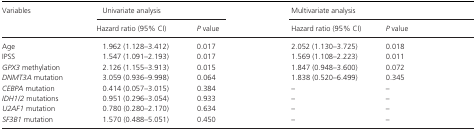
<table><thead><tr><td rowspan="2"><b>Variables</b></td><td colspan="2"><b>Univariate analysis</b></td><td colspan="2"><b>Multivariate analysis</b></td></tr><tr><td><b>Hazard ratio (95% CI)</b></td><td><b><i>P</i> value</b></td><td><b>Hazard ratio (95% CI)</b></td><td><b><i>P</i> value</b></td></tr></thead><tbody><tr><td>Age</td><td>1.962 (1.128–3.412)</td><td>0.017</td><td>2.052 (1.130–3.725)</td><td>0.018</td></tr><tr><td>IPSS</td><td>1.547 (1.091–2.193)</td><td>0.017</td><td>1.569 (1.108–2.223)</td><td>0.011</td></tr><tr><td><i>GPX3</i> methylation</td><td>2.126 (1.155–3.913)</td><td>0.015</td><td>1.847 (0.948–3.600)</td><td>0.072</td></tr><tr><td><i>DNMT3A</i> mutation</td><td>3.059 (0.936–9.998)</td><td>0.064</td><td>1.838 (0.520–6.499)</td><td>0.345</td></tr><tr><td><i>CEBPA</i> mutation</td><td>0.414 (0.057–3.015)</td><td>0.384</td><td>–</td><td>–</td></tr><tr><td><i>IDH1/2</i> mutations</td><td>0.951 (0.296–3.054)</td><td>0.933</td><td>–</td><td>–</td></tr><tr><td><i>U2AF1</i> mutation</td><td>0.780 (0.280–2.170)</td><td>0.634</td><td>–</td><td>–</td></tr><tr><td><i>SF3B1</i> mutation</td><td>1.570 (0.488–5.051)</td><td>0.450</td><td>–</td><td>–</td></tr></tbody></table>